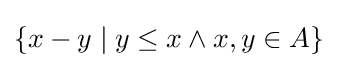
\{x-y\mid y\leq x\land x,y\in A\}